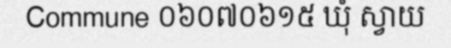
Commune ០៦០៧០៦១៥ ឃុំ ស្វាយ